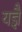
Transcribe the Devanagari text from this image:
यज्ञै